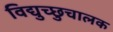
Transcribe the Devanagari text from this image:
विद्युच्छुचालक